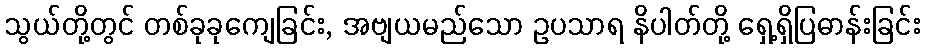
သွယ်တို့တွင် တစ်ခုခုကျေခြင်း, အဗျယမည်သော ဥပသာရ နိပါတ်တို့ ရှေ့ရှိပြဓာန်းခြင်း